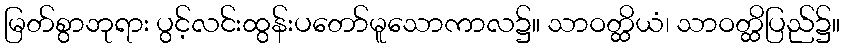
မြတ်စွာဘုရား ပွင့်လင်းထွန်းပတော်မူသောကာလ၌။ သာဝတ္ထိယံ၊ သာဝတ္ထိပြည်၌။